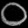
Digit: ၀